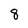
Character: 8